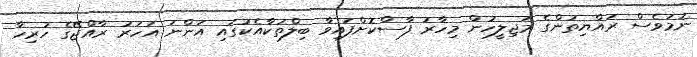
ނަމަވެސް ރައްޔިތުންގެ މަޖިލީހުން މިހާރު ފާސްކޮށްފައިވާ ބިލްތަކާއެކުގައި އަންނަ އަހަރު ރާއްޖޭގެ ހުރިހާ